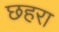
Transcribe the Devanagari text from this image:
छहरा